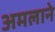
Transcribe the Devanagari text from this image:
अमलाने